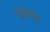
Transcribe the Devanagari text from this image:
चाचेमुक्त